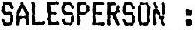
SALESPERSON :